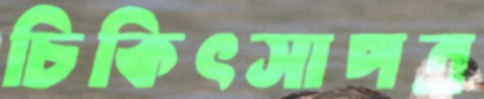
চিকিৎসাপত্র